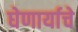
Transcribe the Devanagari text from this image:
घेणार्याचे